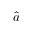
\hat { a }